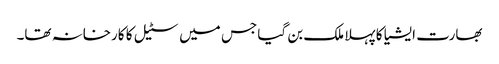
بھارت ایشیا کا پہلا ملک بن گیا جس میں سٹیل کا کارخانہ تھا۔